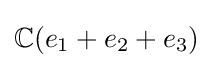
\mathbb {C} (e_{1}+e_{2}+e_{3})